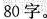
80字。